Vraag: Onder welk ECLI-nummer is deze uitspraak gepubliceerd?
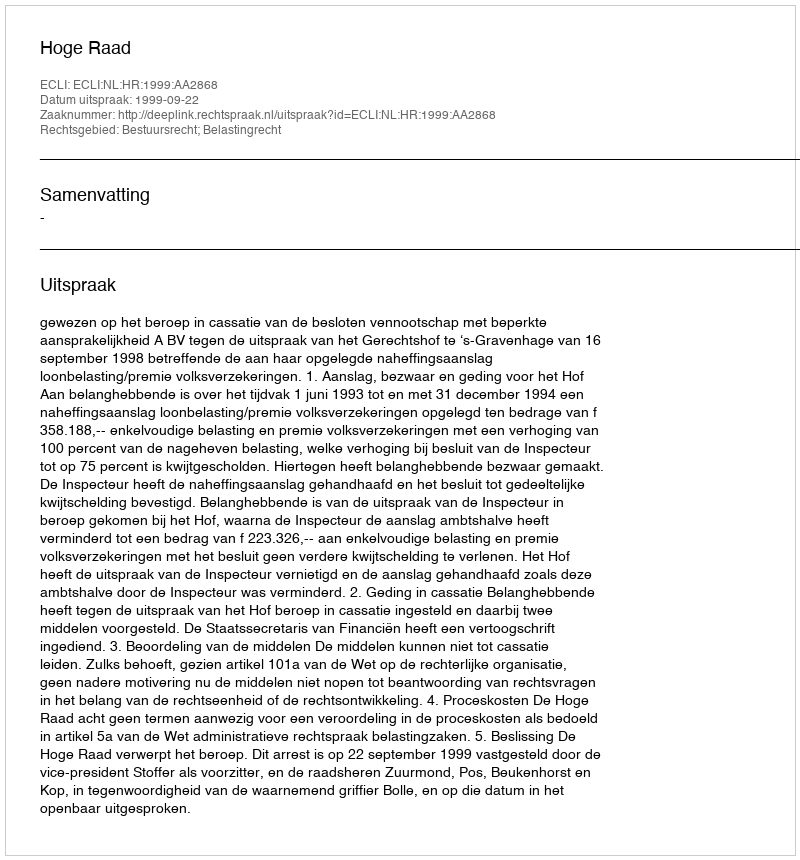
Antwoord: ECLI:NL:HR:1999:AA2868